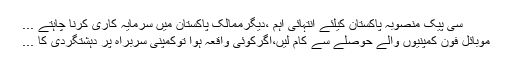
سی پیک منصوبہ پاکستان کیلئے انتہائی اہم ،دیگرممالک پاکستان میں سرمایہ کاری کرنا چاہتے ...
موبائل فون کمپنیوں والے حوصلے سے کام لیں،اگرکوئی واقعہ ہوا توکمپنی سربراہ پر دہشتگردی کا ...